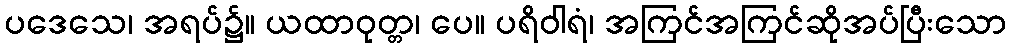
ပဒေသေ၊ အရပ်၌။ ယထာဝုတ္တ၊ ပေ။ ပရိဝါရံ၊ အကြင်အကြင်ဆိုအပ်ပြီးသော